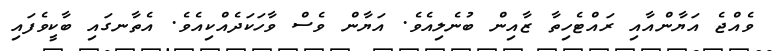
ވެއްޖެ އަޔާންއާއި ރައްޓެހިތާ ޒާއިން ބުނެލިއެވެ. އަޔާން ވެސް ވާހަކަދެއްކިއެވެ. އެތާނގައި ބާކީވެފައި